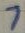
Text: 7